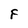
Character: F